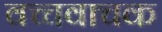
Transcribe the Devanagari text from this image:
वच्चवाचक